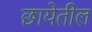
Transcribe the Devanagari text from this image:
छायेतील